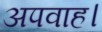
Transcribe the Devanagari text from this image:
अपवाह।